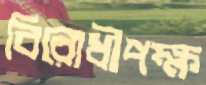
বিরোধীপক্ষ